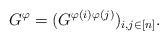
LaTeX: \begin{align*}G^{\varphi}=(G^{\varphi(i)\varphi(j)})_{i,j\in[n]} .\end{align*}